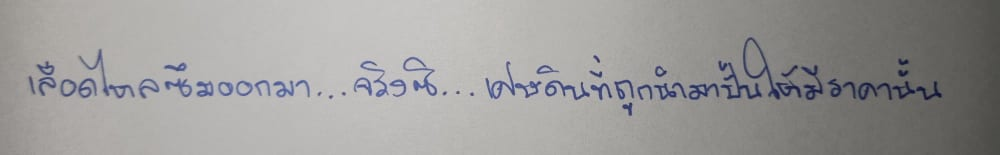
เลือดไหลซึมออกมา...จริงซิ...เศษดินที่ถูกนำมาปั้นให้มีราคานั้น